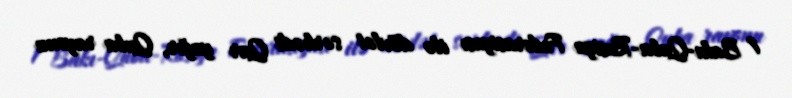
1 Bakı-Quba-Rusiya Federasiyası ilə dövlət sərhədi Qar yağır, Quba rayonu